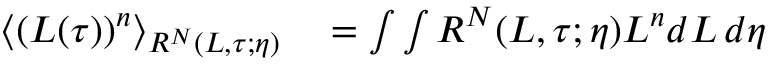
\begin{array} { r l } { \langle ( L ( \tau ) ) ^ { n } \rangle _ { R ^ { N } ( L , \tau ; \eta ) } } & { { } = \int \int R ^ { N } ( L , \tau ; \eta ) L ^ { n } d L \, d \eta } \end{array}